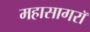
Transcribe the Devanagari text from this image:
महासागरॉ